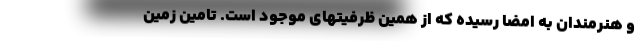
و هنرمندان به امضا رسیده که از همین ظرفیتهای موجود است. تامین زمین